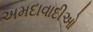
અમદાવાદીઓ